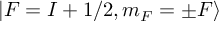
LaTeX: | F = I + 1 / 2 , m _ { F } = \pm F \rangle